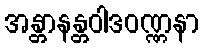
အန္တာနန္တဝါဒဝဏ္ဏနာ